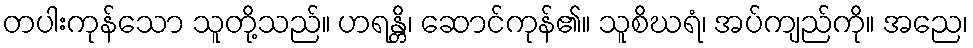
တပါးကုန်သော သူတို့သည်။ ဟရန္တိ၊ ဆောင်ကုန်၏။ သူစိဃရံ၊ အပ်ကျည်ကို။ အညေ၊